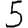
Digit: 5